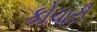
કોચારી